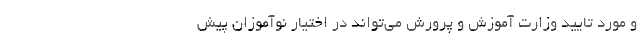
و مورد تایید وزارت آموزش و پرورش می‌تواند در اختیار نوآموزان پیش